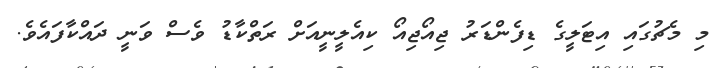
މި މެޗުގައި އިޓަލީގެ ޑިފެންޑަރު ޖިއޯޖިއޯ ކިއެލީނީއަށް ރަތްކާޑު ވެސް ވަނީ ދައްކާފައެވެ.